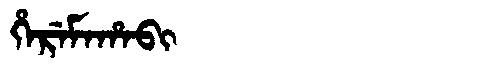
Manchu: ᡥᡝᡵᡝᠮᠠᡥᠠᠪᡳ
Romanization: HEREMAHABI